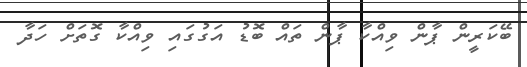
ބޭކަރީން ޕާން ވިއްކާ ޕާން ތައް ބޮޑު އަގުގައި ވިއްކާ ގޮތަށް ހަދާ